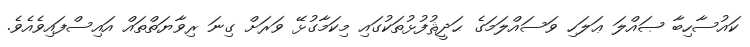
ކައުސާހިބާ ޞައްލަ ޢަލަހި ވަސައްލަމަގެ ޙަދީޘުފުޅުތަކުގައި މިކަމާގުޅޭ ވަރަށް ގިނަ ރިވާޔަތްތައް އައިސްފައިވެއެވެ.